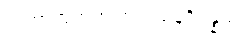
ယထာဘူတဉာဏဒဿနဝိပန္နဿ